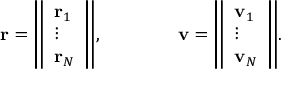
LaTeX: \mathbf { r } = { \left\Vert \begin{array} { l } { \mathbf { r } _ { 1 } } \\ { \vdots } \\ { \mathbf { r } _ { N } } \end{array} \right\Vert } , \qquad \qquad \mathbf { v } = { \left\Vert \begin{array} { l } { \mathbf { v } _ { 1 } } \\ { \vdots } \\ { \mathbf { v } _ { N } } \end{array} \right\Vert } .